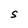
Character: S